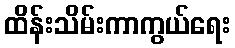
ထိန်းသိမ်းကာကွယ်ရေး